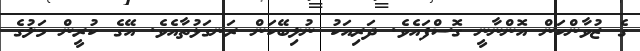
ގެ ޒުވާންކަން އޮންނާނީ ގޮސްފައެވެ. ދަރިއަކު ނުލިބޭކަން ރަނގަޅުތާއެވެ. އޭގެ ކުރީން މަލުގެ